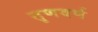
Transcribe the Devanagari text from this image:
तृणवर्ण